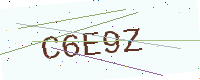
Text: C6E9Z